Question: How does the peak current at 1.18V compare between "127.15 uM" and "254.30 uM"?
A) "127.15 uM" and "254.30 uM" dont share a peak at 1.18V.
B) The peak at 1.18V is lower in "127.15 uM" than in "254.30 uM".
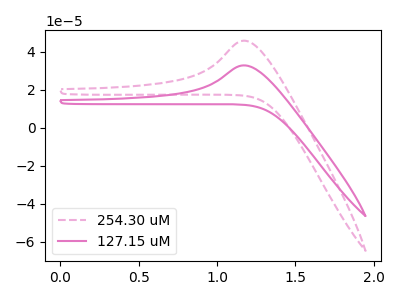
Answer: <think>The pink dashed curve "254.30 uM" has an anodic peak at: (1.20V, 45.95uA). The pink curve "127.15 uM" has an anodic peak at: (1.20V, 32.95uA).</think>
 <answer>B) The peak at 1.18V is lower in "127.15 uM" than in "254.30 uM".</answer>
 <eval>B</eval>